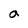
Character: a